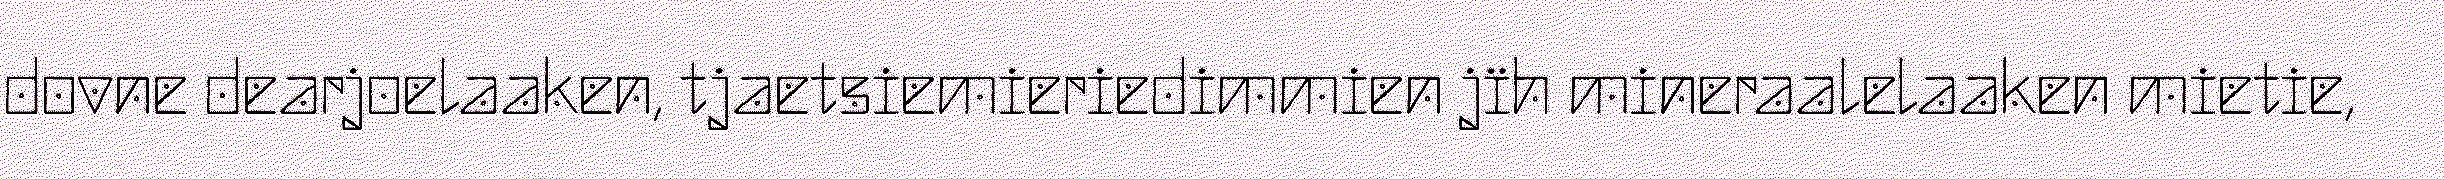
dovne dearjoelaaken, tjaetsiemieriedimmien jïh mineraalelaaken mietie,